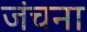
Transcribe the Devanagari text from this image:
जंचना